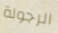
الرجولة